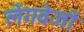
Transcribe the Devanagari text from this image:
लेंगवेजों